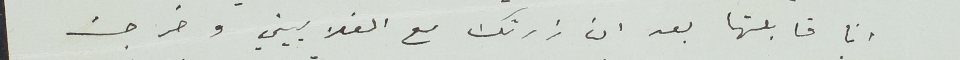
انا قابلتها بعد ان زرتك مع الغلاييني وخرجت